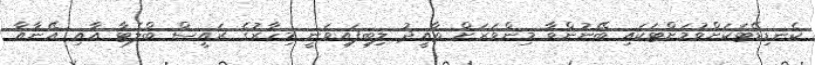
ކެނޑިޑޭޓަކަށްވުމަށްޓަކައި ބޭނުންވާ މިންވަރަށް ތާއީދު ލިބިފައިވަނީ މިހާރުގެ ރައީސް ބްލެޓާ އާއި އޭނާއާ